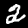
Label: 2